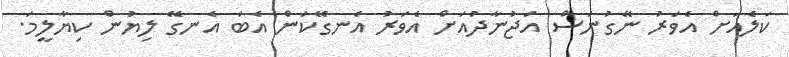
ކަލެއަށް އެވަރު ނޭގުނަސް އަޖުނާދުއަށް އެވަރު އެނގޭކަން އެބަ އެނގޭ ލިޔުން ކިޔާލީމަ.